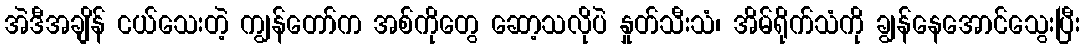
အဲဒီအချိန် ငယ်သေးတဲ့ ကျွန်တော်က အစ်ကိုတွေ ဆော့သလိုပဲ နှုတ်သီးသံ၊ အိမ်ရိုက်သံကို ချွန်နေအောင်သွေးပြီး